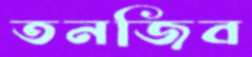
তনজিব